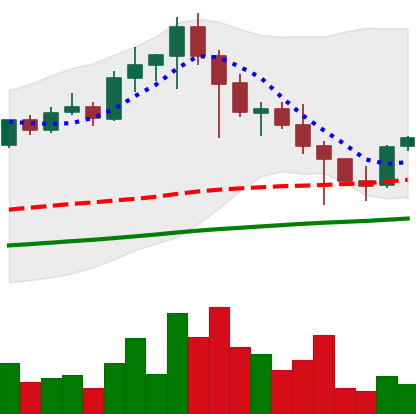
Ticker: EOS-USD
Chart end date: 2021-04-27
Forward return: 7.974%
Label: up_7plus